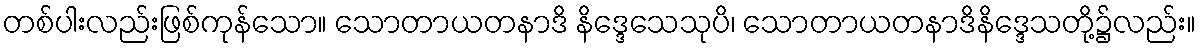
တစ်ပါးလည်းဖြစ်ကုန်သော။ သောတာယတနာဒိ နိဒ္ဒေသေသုပိ၊ သောတာယတနာဒိနိဒ္ဒေသတို့၌လည်း။